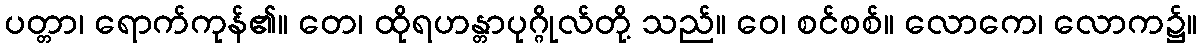
ပတ္တာ၊ ရောက်ကုန်၏။ တေ၊ ထိုရဟန္တာပုဂ္ဂိုလ်တို့ သည်။ ဝေ၊ စင်စစ်။ လောကေ၊ လောက၌။